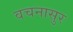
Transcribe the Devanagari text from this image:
वचनासुर